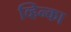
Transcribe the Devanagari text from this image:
व्हिन्का